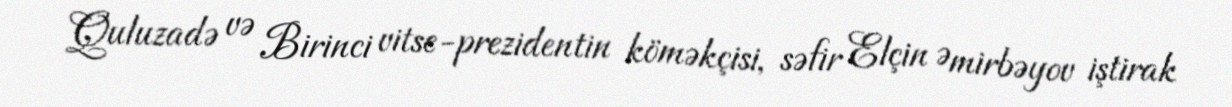
Quluzadə və Birinci vitse-prezidentin köməkçisi, səfir Elçin Əmirbəyov iştirak